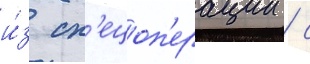
и́з сп'ецоп'ерации / с